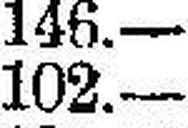
102.—